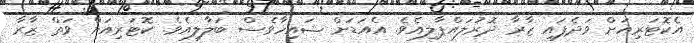
އެކޮޓަރިއަށް ވަދެފައި ޒާރާ ދޮރުލައްޕާލިއެވެ. އެއަޑަށް ޝައިހާވެސް ބަލާލިއެވެ. ކޮޓަރިއަށް ވަތް ޒާރާ